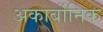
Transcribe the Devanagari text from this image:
अकार्बोनिक